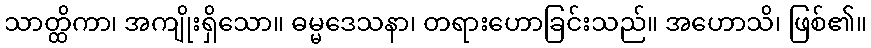
သာတ္ထိကာ၊ အကျိုးရှိသော။ ဓမ္မဒေသနာ၊ တရားဟောခြင်းသည်။ အဟောသိ၊ ဖြစ်၏။